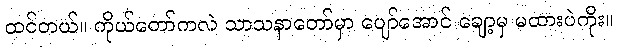
ထင်တယ်။ ကိုယ်တော်ကလဲ သာသနာတော်မှာ ပျော်အောင် ချော့မှ မထားပဲကိုး။